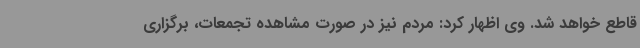
قاطع خواهد شد. وی اظهار کرد: مردم نیز در صورت مشاهده تجمعات، برگزاری